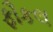
ફૌકલ